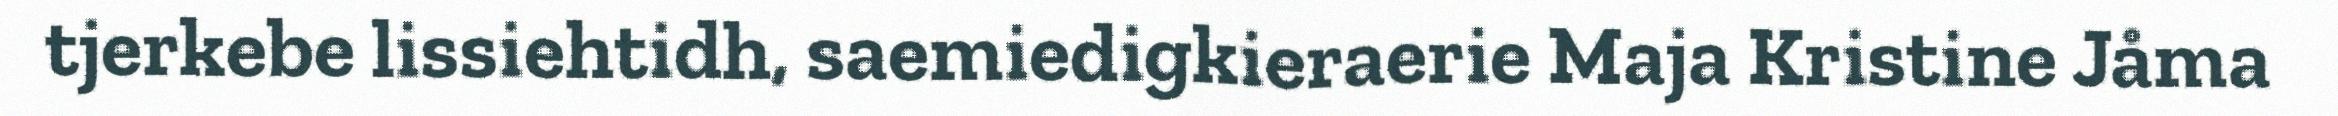
tjerkebe lissiehtidh, saemiedigkieraerie Maja Kristine Jåma